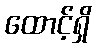
ထောင့်ရှိ